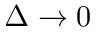
\Delta \to 0